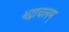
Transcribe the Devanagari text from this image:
भद्राचलम्‌